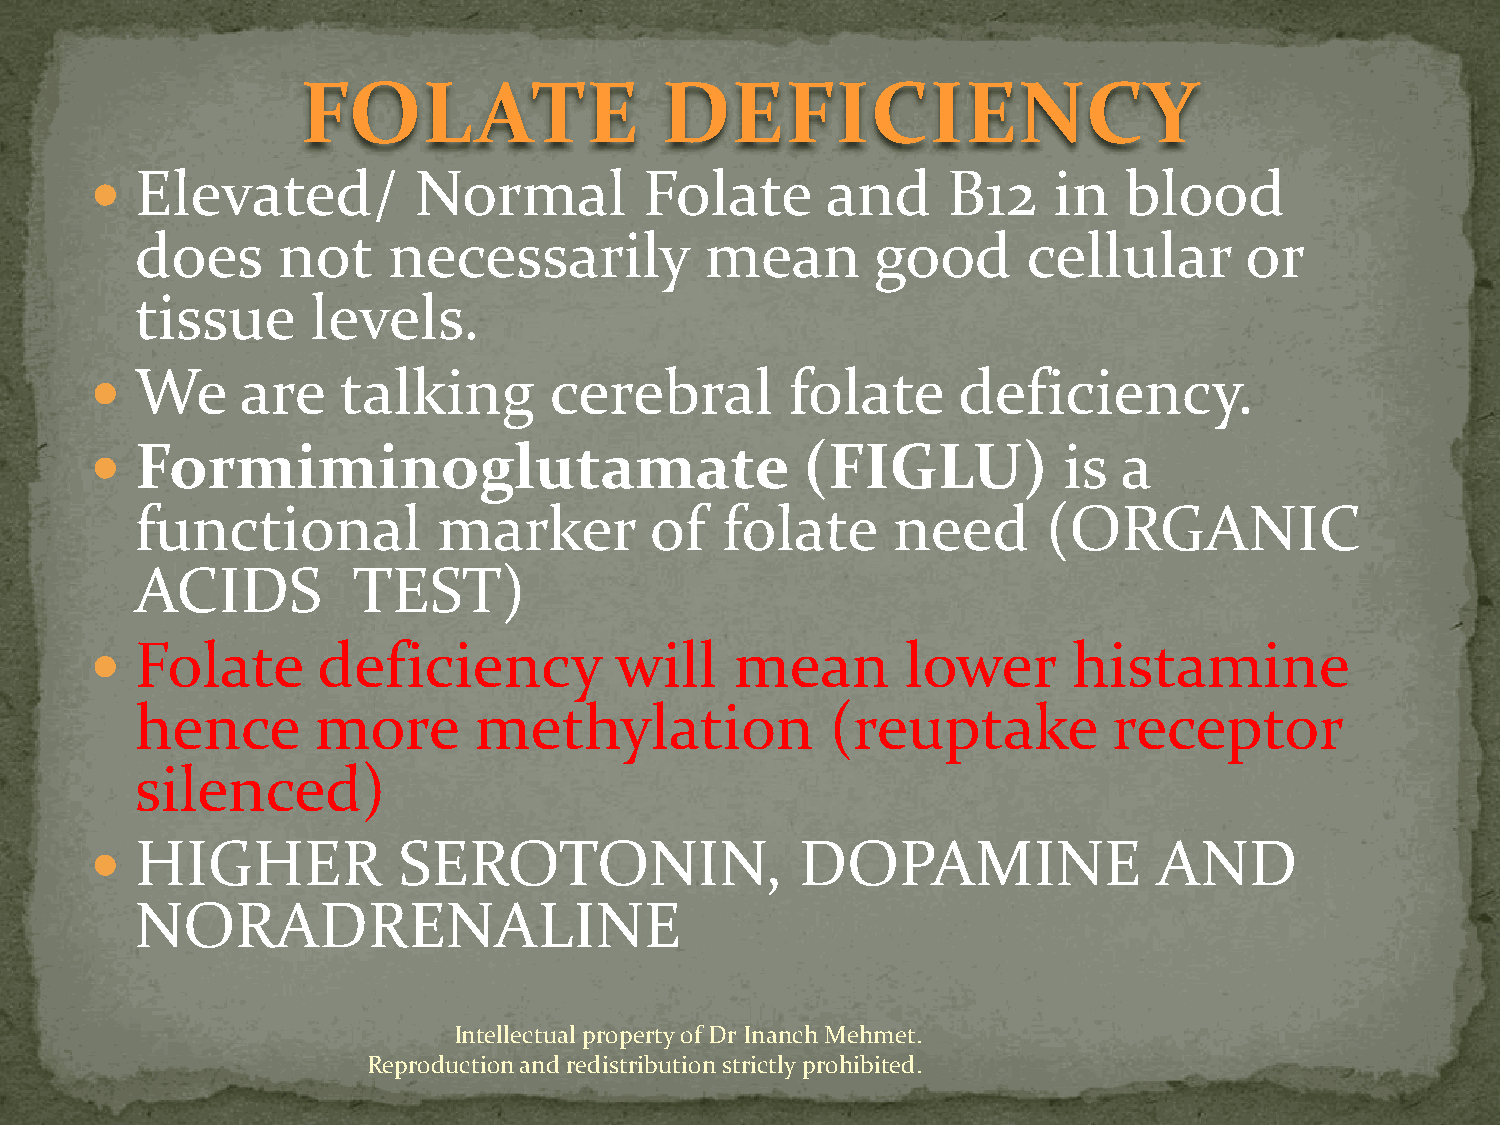
FOLATE                  DEFICIENCY
   Elevated/         Normal          Folate      and     B12    in  blood
 does     not     necessarily          mean       good      cellular      or
 tissue      levels.
   We     are   talking       cerebral        folate     deficiency.
   Formiminoglutamate                          (FIGLU)          is  a
 functional          marker        of   folate     need      (ORGANIC
 ACIDS         TEST)
   Folate      deficiency          will    mean       lower      histamine
 hence       more      methylation             (reuptake          receptor
 silenced)
   HIGHER           SEROTONIN,                 DOPAMINE                AND
 NORADRENALINE
 Intellectual property of Dr Inanch Mehmet.
 Reproduction and redistribution strictly prohibited.